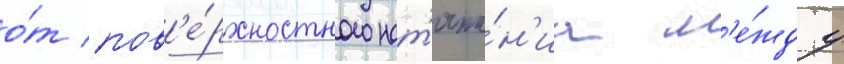
о́т пов'е́рхностного нат'яже́н'иа м'е́жду